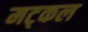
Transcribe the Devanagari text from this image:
मट्कल